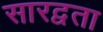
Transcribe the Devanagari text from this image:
सारद्वता